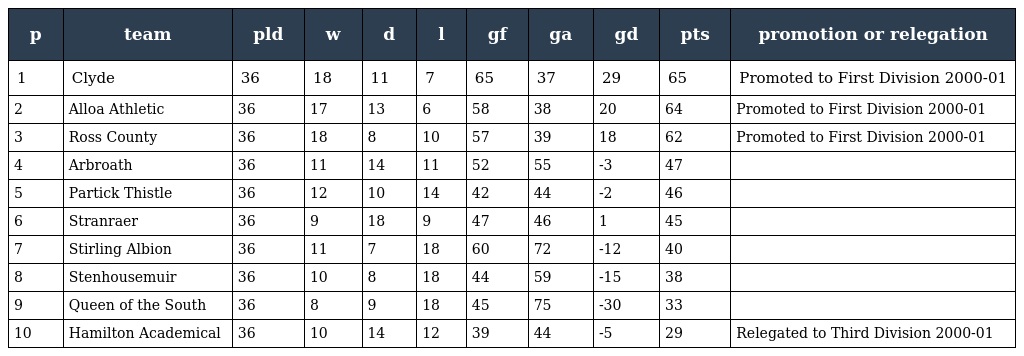
| p | team | pld | w | d | l | gf | ga | gd | pts | promotion or relegation |
 | --- | --- | --- | --- | --- | --- | --- | --- | --- | --- | --- |
 | 1 | Clyde | 36 | 18 | 11 | 7 | 65 | 37 | 29 | 65 | Promoted to First Division 2000-01 |
 | 2 | Alloa Athletic | 36 | 17 | 13 | 6 | 58 | 38 | 20 | 64 | Promoted to First Division 2000-01 |
 | 3 | Ross County | 36 | 18 | 8 | 10 | 57 | 39 | 18 | 62 | Promoted to First Division 2000-01 |
 | 4 | Arbroath | 36 | 11 | 14 | 11 | 52 | 55 | -3 | 47 |  |
 | 5 | Partick Thistle | 36 | 12 | 10 | 14 | 42 | 44 | -2 | 46 |  |
 | 6 | Stranraer | 36 | 9 | 18 | 9 | 47 | 46 | 1 | 45 |  |
 | 7 | Stirling Albion | 36 | 11 | 7 | 18 | 60 | 72 | -12 | 40 |  |
 | 8 | Stenhousemuir | 36 | 10 | 8 | 18 | 44 | 59 | -15 | 38 |  |
 | 9 | Queen of the South | 36 | 8 | 9 | 18 | 45 | 75 | -30 | 33 |  |
 | 10 | Hamilton Academical | 36 | 10 | 14 | 12 | 39 | 44 | -5 | 29 | Relegated to Third Division 2000-01 |